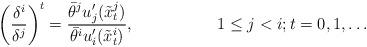
LaTeX: \begin{align*}\left(\frac{\delta^i}{\delta^j}\right)^t =\frac{\bar{\theta}^j u_j'(\tilde{x}_t^j)}{\bar{\theta}^i u_i'(\tilde{x}_t^i)}, & & 1 \leq j < i;t=0,1,\ldots\end{align*}